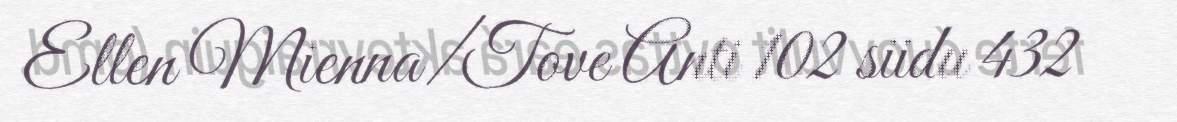
Ellen Mienna/Tove Anti 102 siidu 432